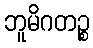
ဘူမိဂတဉ္စ